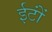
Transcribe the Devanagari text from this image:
ईटोंं